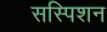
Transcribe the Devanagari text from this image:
सस्पिशन